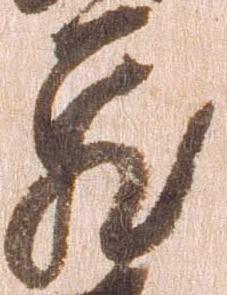
蔵